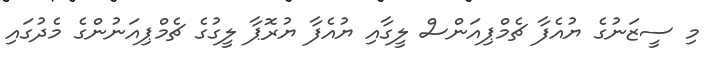
މި ސީޒަނުގެ ޔުއެފާ ޗެމްޕިއަންސް ލީގާއި ޔުއެފާ ޔުރޮޕާ ލީގުގެ ޗެމްޕިއަނުންގެ މެދުގައި